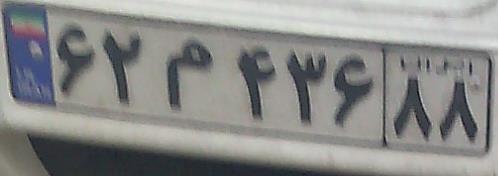
۶۲م۴۳۶۸۸